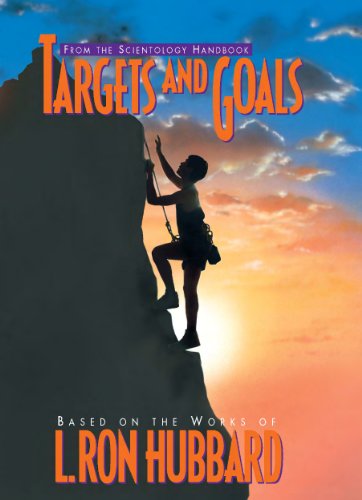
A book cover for Targets and Goals; L. Ron Hubbard; Religion & Spirituality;